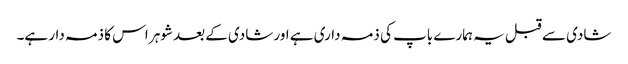
شادی سے قبل یہ ہمارے باپ کی ذمہ داری ہے اور شادی کے بعد شوہر اس کا ذمہ دار ہے۔